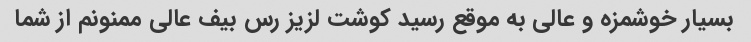
بسیار خوشمزه و عالی به موقع رسید کوشت لزیز رس بیف عالی ممنونم از شما